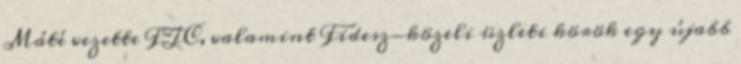
Máté vezette FTC, valamint Fidesz-közeli üzleti körök egy újabb